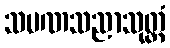
သမဏသညာသုတ္တံ